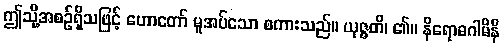
ဤသို့အစဉ်ရှိသဖြင့် ဟောတော် မူအပ်သော စကားသည်။ ယုဇ္ဇတိ၊ ၏။ နိရောဓဂါမိနီ